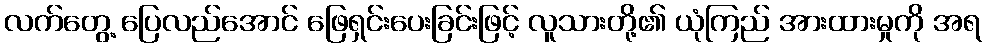
လက်တွေ့ ပြေလည်အောင် ဖြေရှင်းပေးခြင်းဖြင့် လူသားတို့၏ ယုံကြည် အားထားမှုကို အရ